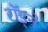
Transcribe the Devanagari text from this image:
राॅड्ने